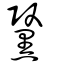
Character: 黳